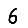
Digit: 6